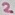
Text: 2